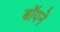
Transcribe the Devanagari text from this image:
बॉयने